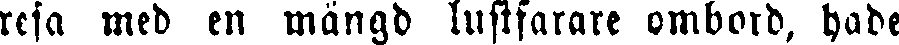
resa med en mängd lustfarare ombord, hade